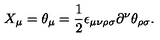
X _ { \mu } = \theta _ { \mu } = \frac { 1 } { 2 } \epsilon _ { \mu \nu \rho \sigma } \partial ^ { \nu } \theta _ { \rho \sigma } .